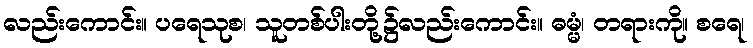
လည်းကောင်း။ ပရေသုစ၊ သူတစ်ပါးတို့၌လည်းကောင်း။ ဓမ္မံ၊ တရားကို။ စရေ၊